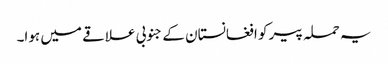
یہ حملہ پیر کو افغانستان کے جنوبی علاقے میں ہوا۔